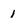
Character: 1